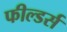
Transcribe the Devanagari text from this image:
फील्डर्स